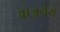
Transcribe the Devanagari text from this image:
आञ्जनेय